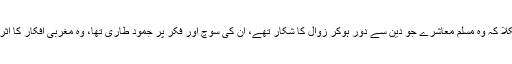
جس کا نتیجہ یہ نکلا کہ وہ مسلم معاشرے جو دین سے دور ہوکر زوال کا شکار تھے، ان کی سوچ اور فکر پر جمود طاری تھا، وہ مغربی افکار کا اثر قبول کرنے لگے۔